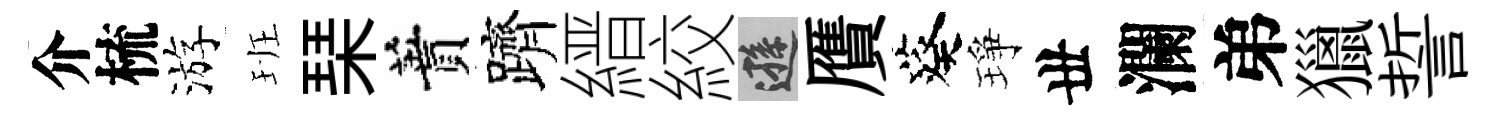
介梳游班琹蕡躋縉絞遜贋葵琤丗瀾弟獵誓